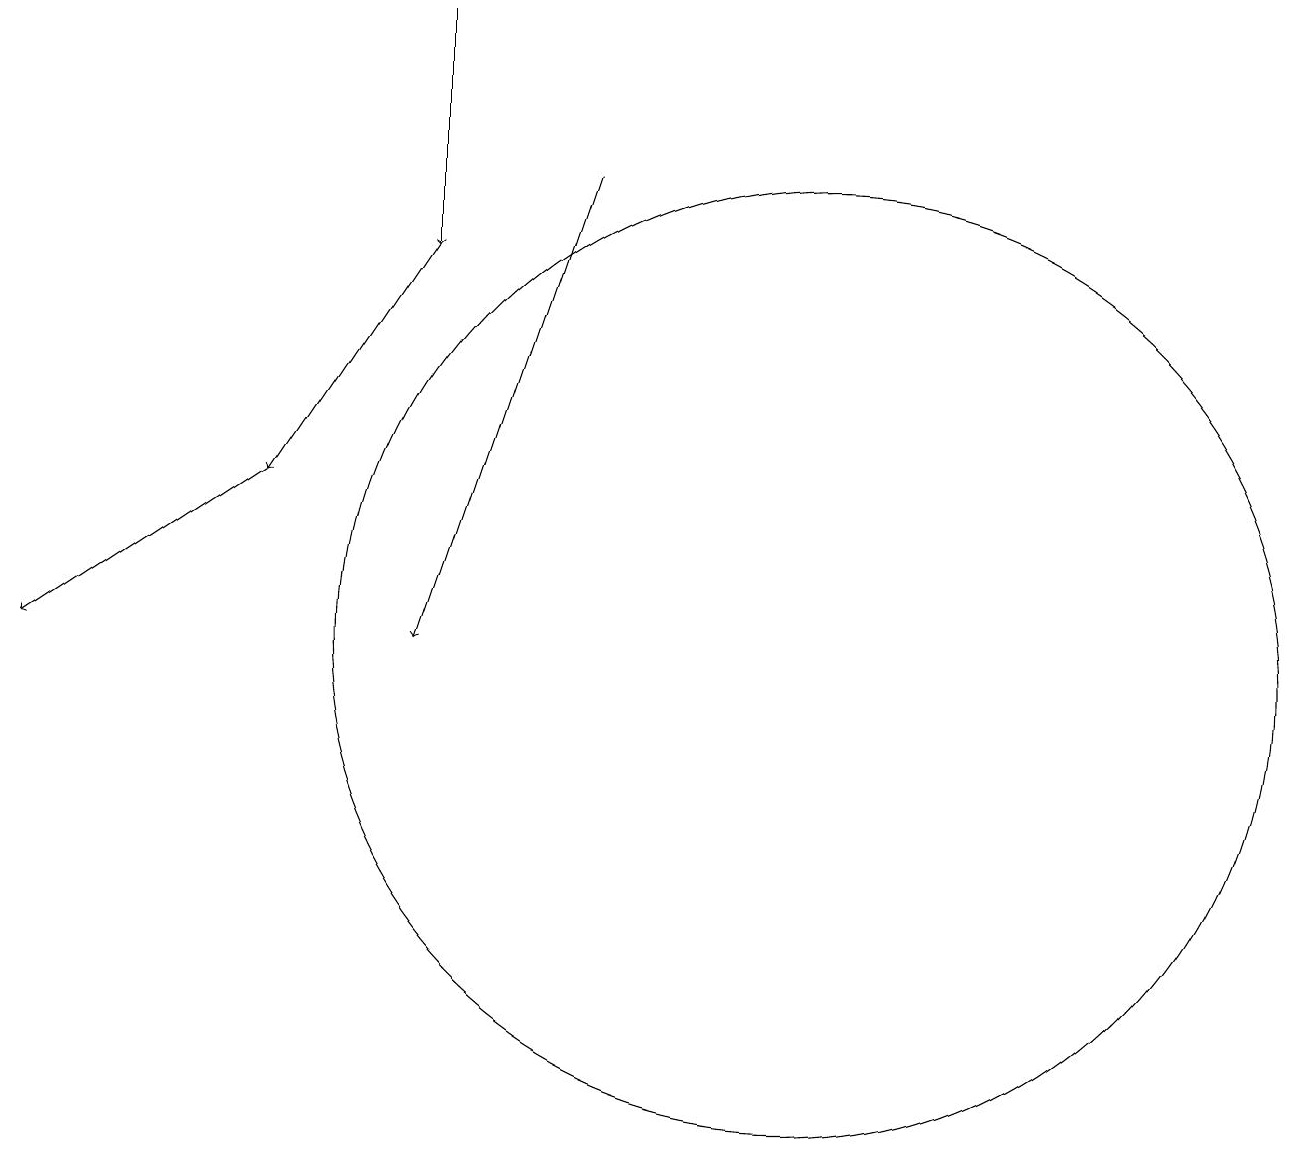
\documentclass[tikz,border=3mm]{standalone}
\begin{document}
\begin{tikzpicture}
\draw[->] (6,16) -- (4,13);
\draw (11,11) circle (6);
\draw[->] (6,19) -- (6,16);
\draw[->] (4,13) -- (1,11);
\draw[->] (8,17) -- (6,11);
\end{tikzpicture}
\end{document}